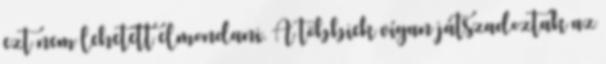
ezt nem lehetett elmondani. A többiek vígan játszadoztak az